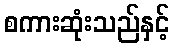
စကားဆုံးသည်နှင့်